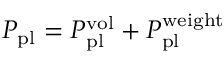
P _ { \mathrm { p l } } = P _ { \mathrm { p l } } ^ { \mathrm { v o l } } + P _ { \mathrm { p l } } ^ { \mathrm { w e i g h t } }